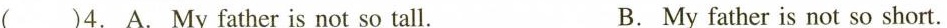
( )4.A. My father is not so tall. B. My father is not so short.